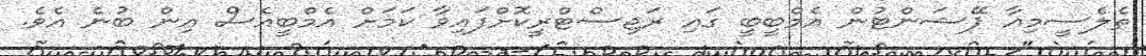
ތެލެސީމިއާ ޕޭޝަންޓުން އެމްބީބީ ގައި ރަޖިސްޓްރީކޮށްފައިވާ ކަަމަށް އެމްބީއެސް އިން ބުނެ އެވެ.